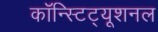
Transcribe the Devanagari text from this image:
कॉन्स्टिट्यूशनल